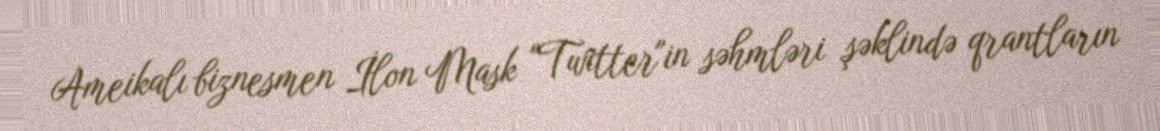
Ameikalı biznesmen İlon Mask "Twitter"in səhmləri şəklində qrantların